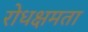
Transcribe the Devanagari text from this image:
रोधक्षमता